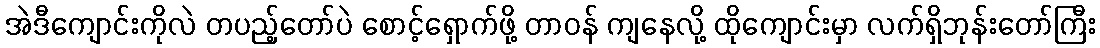
အဲဒီကျောင်းကိုလဲ တပည့်တော်ပဲ စောင့်ရှောက်ဖို့ တာဝန် ကျနေလို့ ထိုကျောင်းမှာ လက်ရှိဘုန်းတော်ကြီး